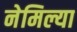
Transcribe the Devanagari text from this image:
नेमिल्या